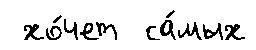
 хо́чет  са́мых